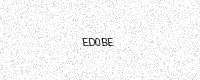
Text: ED0BE